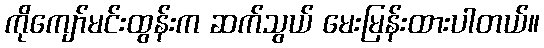
ကိုကျော်မင်းထွန်းက ဆက်သွယ် မေးမြန်းထားပါတယ်။